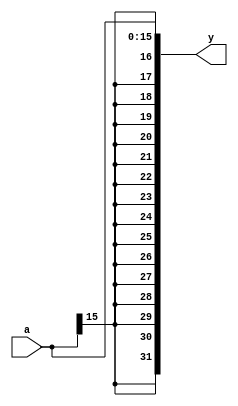
// Sign Extension Unit
module signext(
	input	[15:0]	a,
	output	[31:0]	y );

	assign y = {{16{a[15]}}, a};
endmodule